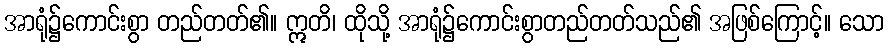
အာရုံ၌ကောင်းစွာ တည်တတ်၏။ ဣတိ၊ ထိုသို့ အာရုံ၌ကောင်းစွာတည်တတ်သည်၏ အဖြစ်ကြောင့်။ သော